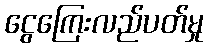
ငွေကြေးလည်ပတ်မှု